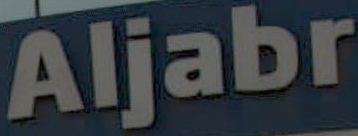
Aljabr